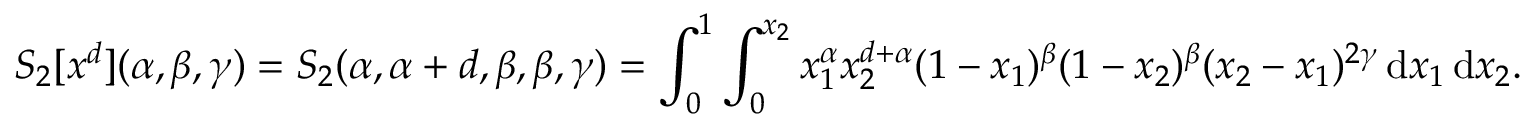
S _ { 2 } [ x ^ { d } ] ( \alpha , \beta , \gamma ) = S _ { 2 } ( \alpha , \alpha + d , \beta , \beta , \gamma ) = \int _ { 0 } ^ { 1 } \int _ { 0 } ^ { x _ { 2 } } x _ { 1 } ^ { \alpha } x _ { 2 } ^ { d + \alpha } ( 1 - x _ { 1 } ) ^ { \beta } ( 1 - x _ { 2 } ) ^ { \beta } ( x _ { 2 } - x _ { 1 } ) ^ { 2 \gamma } \, \mathrm { d } x _ { 1 } \, \mathrm { d } x _ { 2 } .